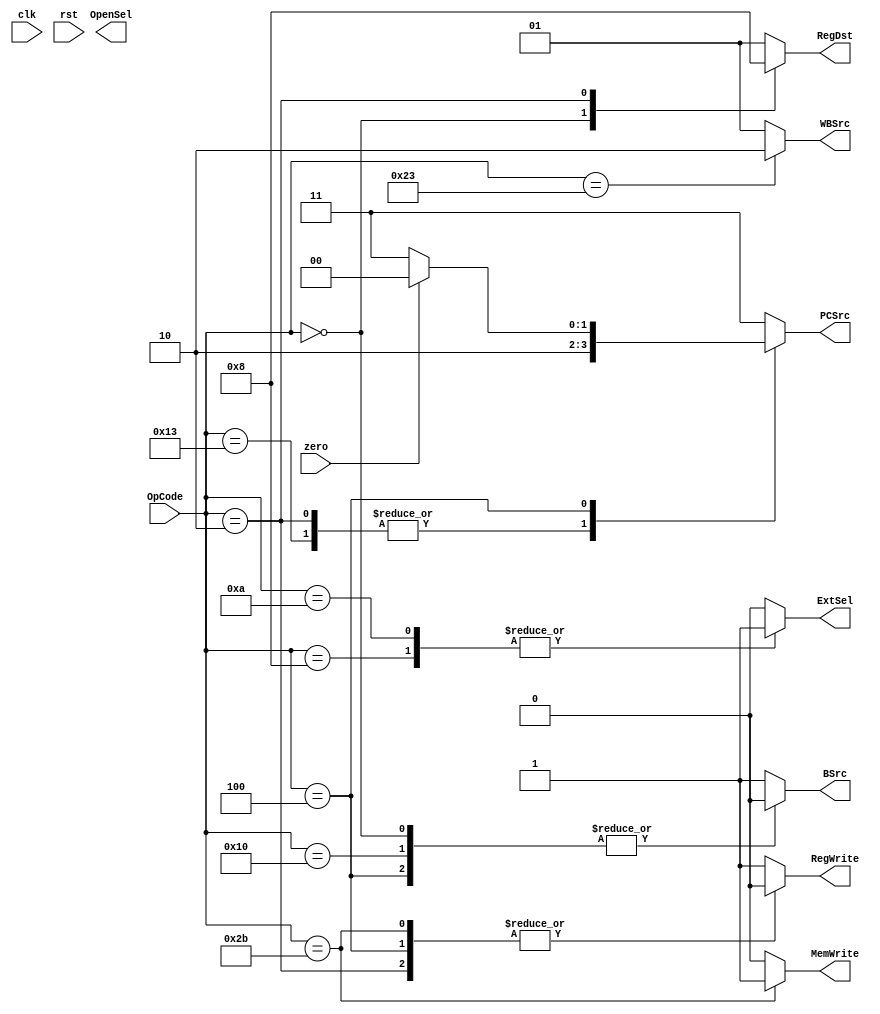
module control_flow (
	input clk, 
	input rst, 
	
	input [5:0] OpCode,
	input zero,

	output reg [1:0] PCSrc,
	output reg [1:0] RegDst,
	output reg ExtSel,
	output reg RegWrite,
	output reg OpenSel,
	output reg BSrc,
	output reg MemWrite,
	output reg [1:0] WBSrc	
);

// PCSrc
always @(*) begin
    PCSrc = 2'b00;
    case (OpCode)
    6'b000010, 6'b010011: PCSrc = 2'b10;
    6'b000100: if (zero) begin
    			PCSrc = 2'b00;
    			end else begin
    			 PCSrc = 2'b11;
    			end
    default: PCSrc = 2'b11;
    endcase
end

// RegDst
always @(*) begin
    case (OpCode)
        6'b000000: RegDst = 2'b10;
        6'b000010: RegDst = 2'b00;
        default: RegDst = 2'b01;
    endcase
end

// RegWrite
always@* begin
    RegWrite = 1;
    case (OpCode)
    6'b101011: RegWrite = 0;
    6'b000010: RegWrite = 0;
    6'b000100: RegWrite = 0;
    endcase
end

// ExtSel
always @(*) begin
    ExtSel = 0;
    case (OpCode)
    6'b001000: ExtSel = 1;	
    6'b001010: ExtSel = 1;
    endcase
end



//BSrc
always @(*) begin
    case (OpCode)
        6'b000000, 6'b010000, 6'b000100: BSrc = 0;
        default: BSrc = 1;        
    endcase
end



// MemWrite
always @(*) begin
    MemWrite = 0;
    case (OpCode)
    6'b101011: MemWrite = 1;        
    endcase
end


// WBSrc
always @(*) begin
    WBSrc = 2'd1;
    case (OpCode)
    6'b100011: WBSrc = 2'd2;
    endcase
end

endmodule